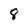
Character: 8